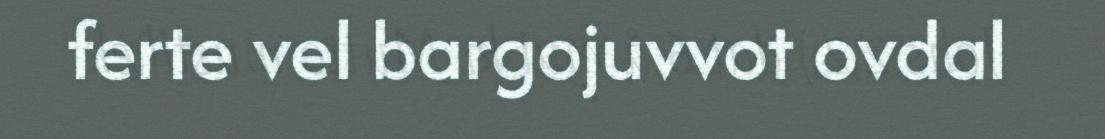
ferte vel bargojuvvot ovdal